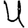
Digit: 4